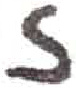
אות: ז